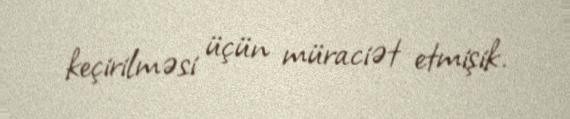
keçirilməsi üçün müraciət etmişik.